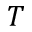
T